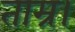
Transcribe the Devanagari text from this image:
ताम्र।